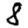
Digit: 8